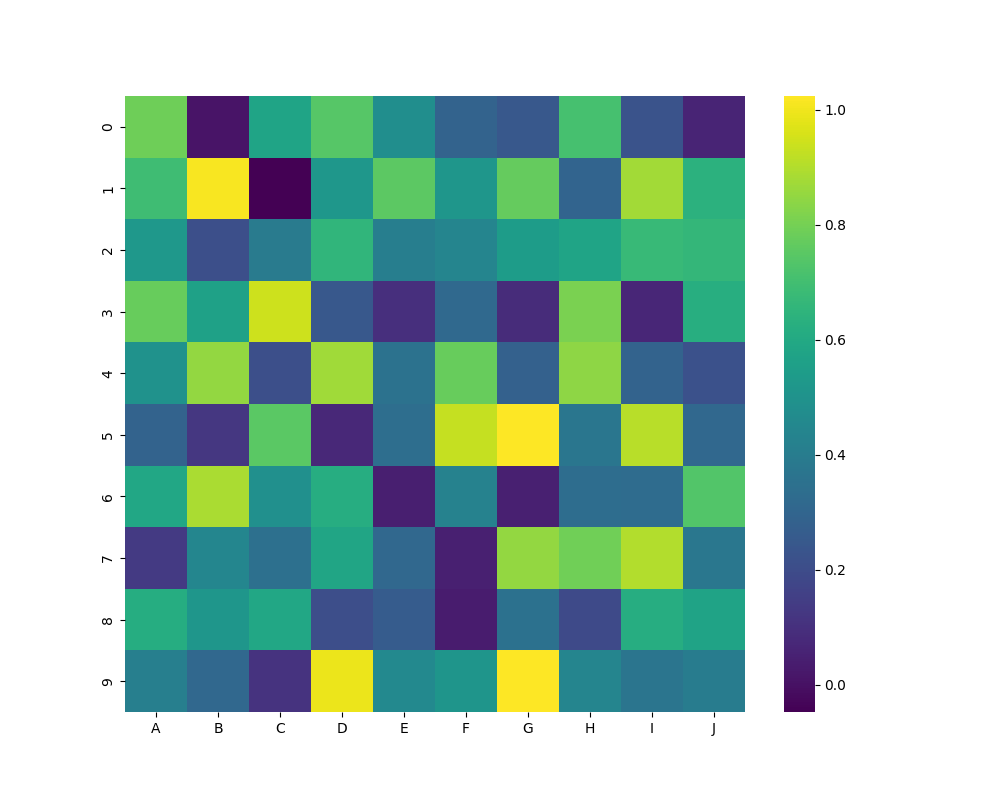
python, seaborn, heatmap, cmap='viridis', linewidths=0.0, center=none